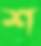
শ